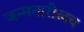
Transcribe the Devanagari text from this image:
जन्मतारीखच